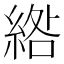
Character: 綹